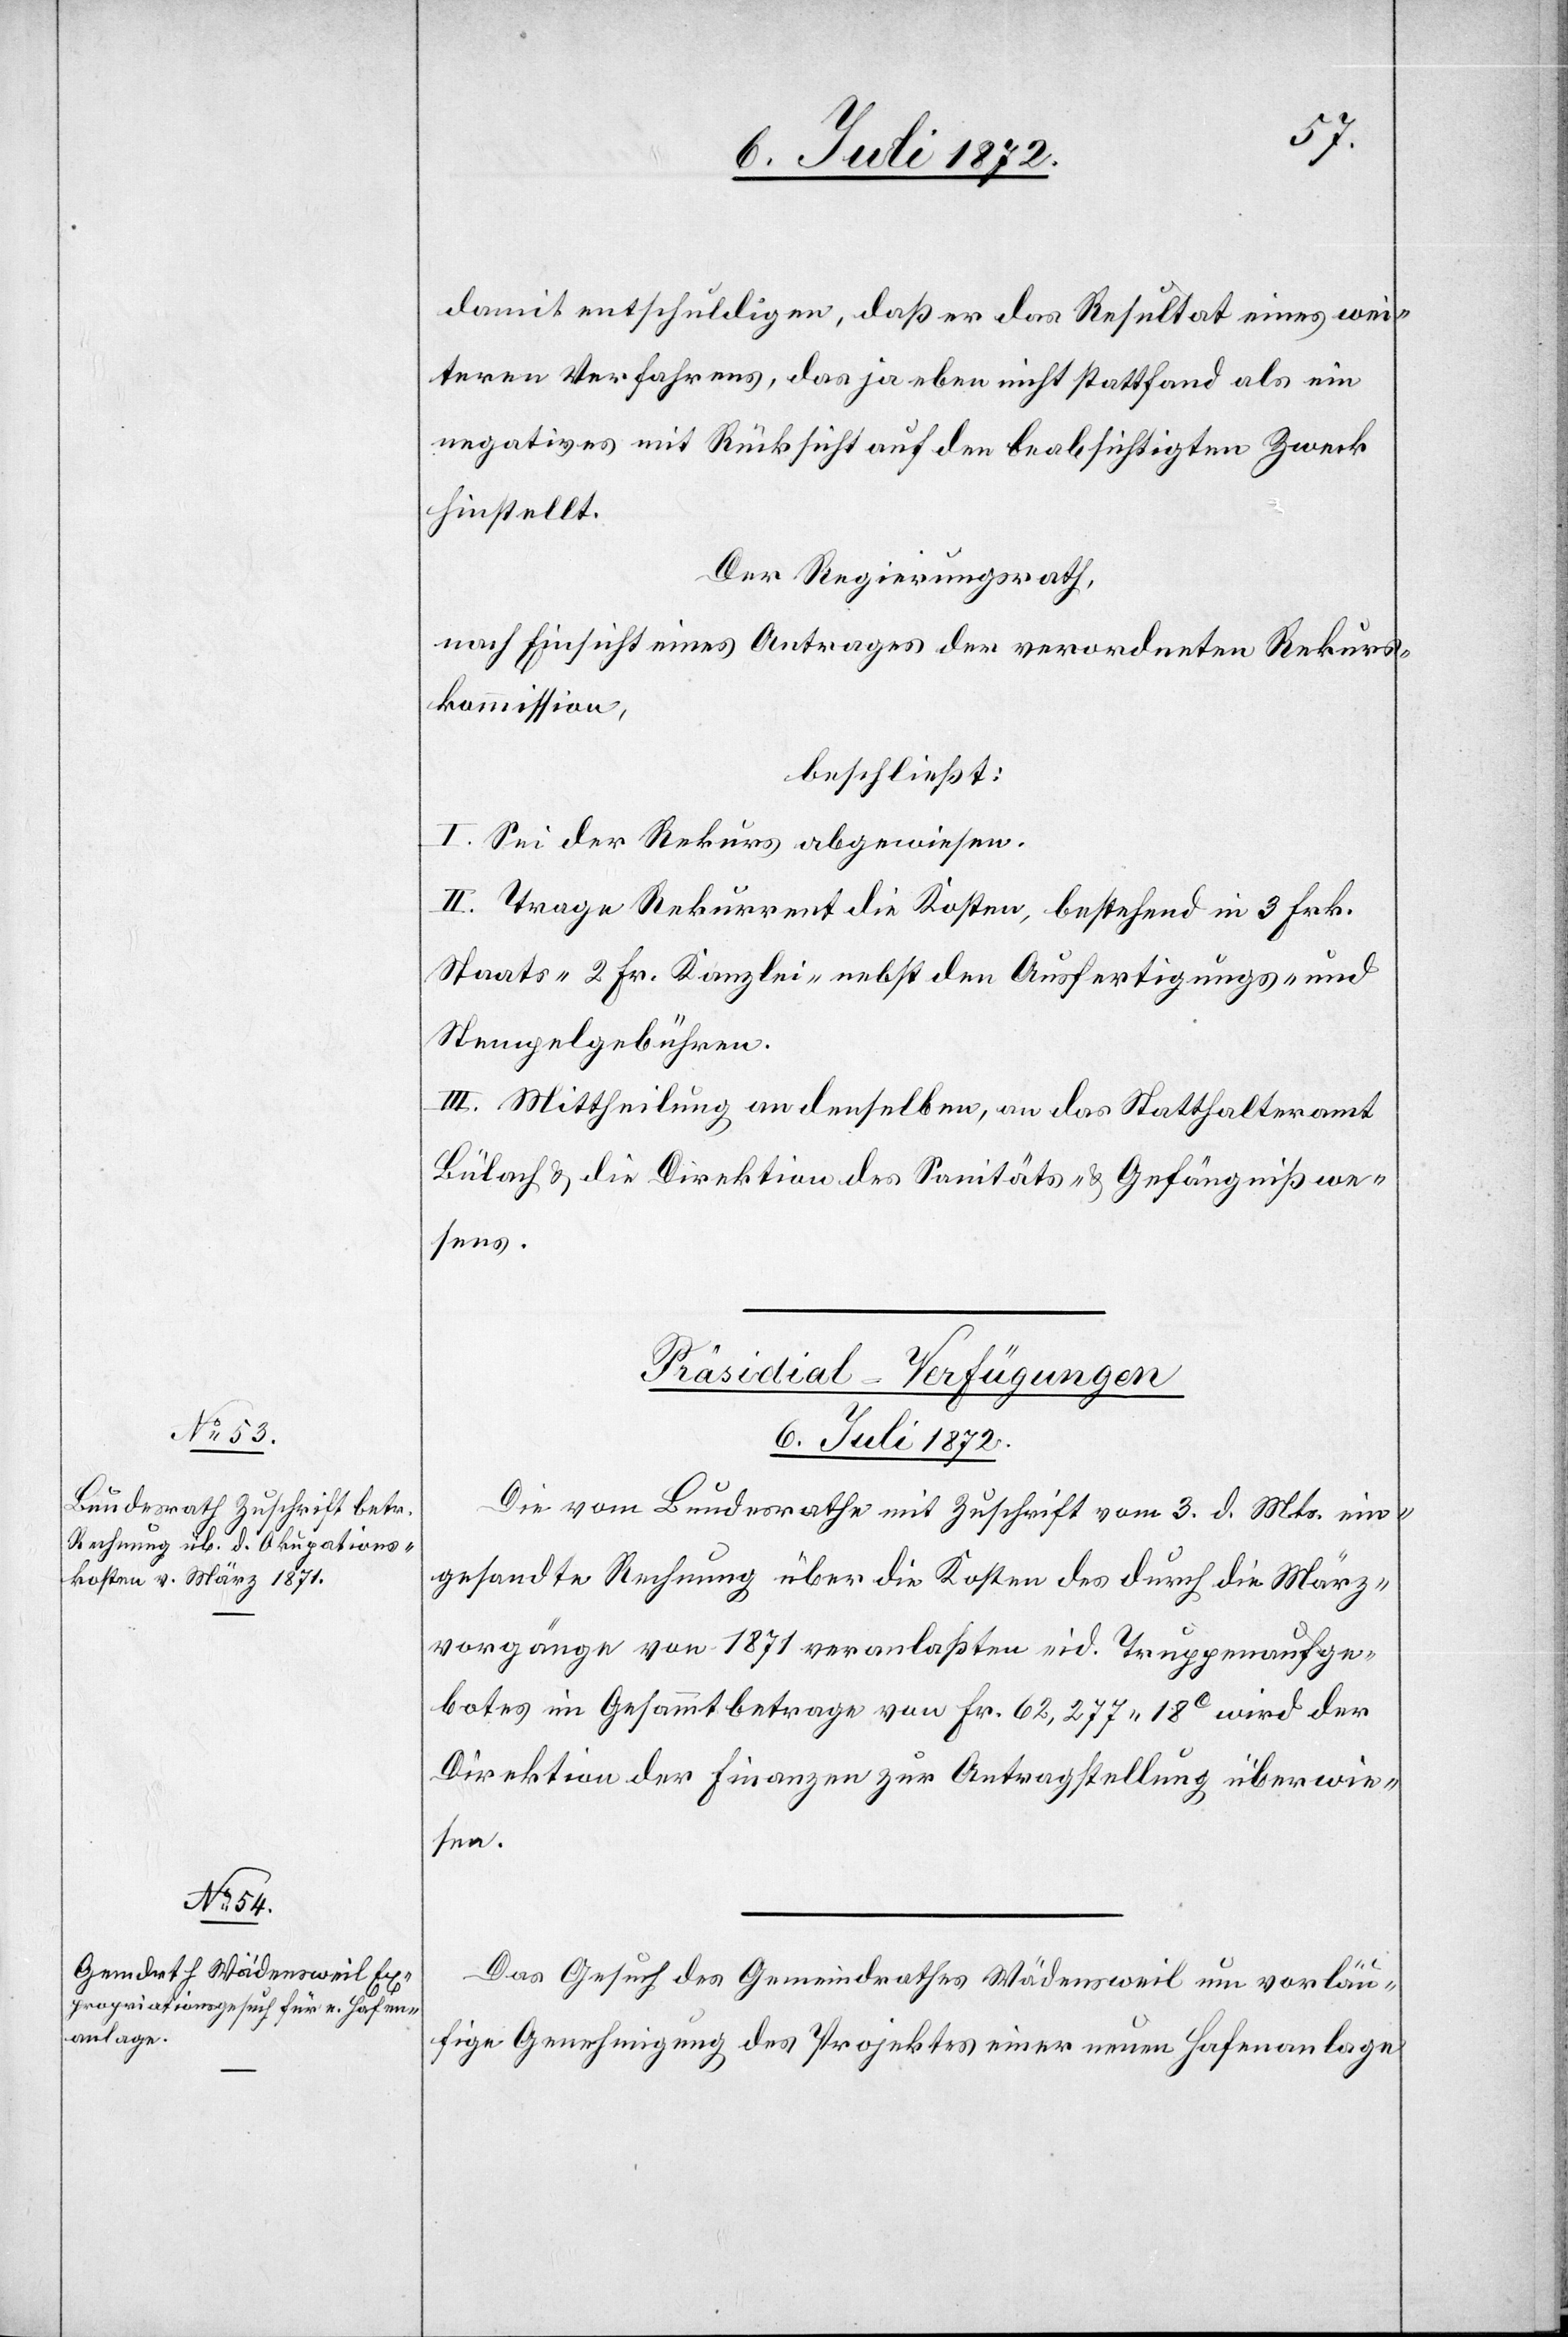
damit entschuldigen, daß er das Resultat eines wei¬
teren Verfahrens, das ja eben nicht stattfand[,] als ein
negatives mit Rücksicht auf den beabsichtigten Zweck
hinstellt.
Der Regierungsrath,
nach Einsicht eines Antrages der verordneten Rekurs¬
kommission,
beschließt:
I. Sei der Rekurs abgewiesen.
II. Trage Rekurrent die Kosten, bestehend in 3 Frk.
Staats- 2 Fr. Kanzlei- nebst den Ausfertigungs- und
Stempelgebühren.
III. Mittheilung an denselben, an das Statthalteramt
Bülach u. die Direktion des Sanitäts- u. Gefängnißwe¬
sens.
[Präsidial-Verfügungen
6. Juli 1872.]
Die vom Bundesrathe mit Zuschrift vom 3. d. Mts. ein¬
gesandte Rechnung über die Kosten des durch die März¬
vorgänge von 1871 veranlaßten eid. Truppenaufge¬
botes im Gesammtbetrage von Fr. 62,277 18C wird der
Direktion der Finanzen zur Antragstellung überwie¬
sen.
Das Gesuch des Gemeindrathes Wädensweil um vorläu¬
fige Genehmigung des Projektes einer neuen Hafenanlage